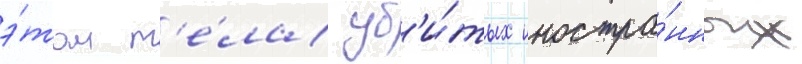
э́том т'е́ла уб'и́тых иностра́нных